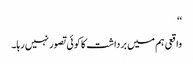
‘‘
واقعی ہم میں برداشت کا کوئی تصور نہیں رہا۔